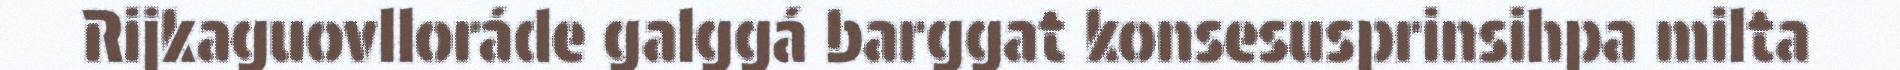
Rijkaguovlloráde galggá barggat konsesusprinsihpa milta